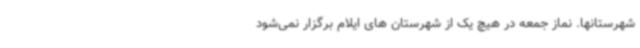
شهرستانها. نماز جمعه در هیچ یک از شهرستان های ایلام برگزار نمی‌شود